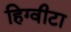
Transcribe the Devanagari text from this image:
हिग्वीटा